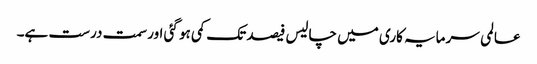
عالمی سرمایہ کاری میں چالیس فیصد تک کمی ہو گئی اور سمت درست ہے۔